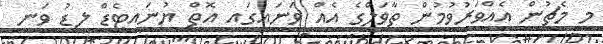
މި މެޗުން އެއްވަރުވުމުން ތާވަލްގެ އެއް ވަނައިގައި އޮތް ޔުނައިޓެޑް ލީޑު ވަނީ